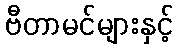
ဗီတာမင်များနှင့်